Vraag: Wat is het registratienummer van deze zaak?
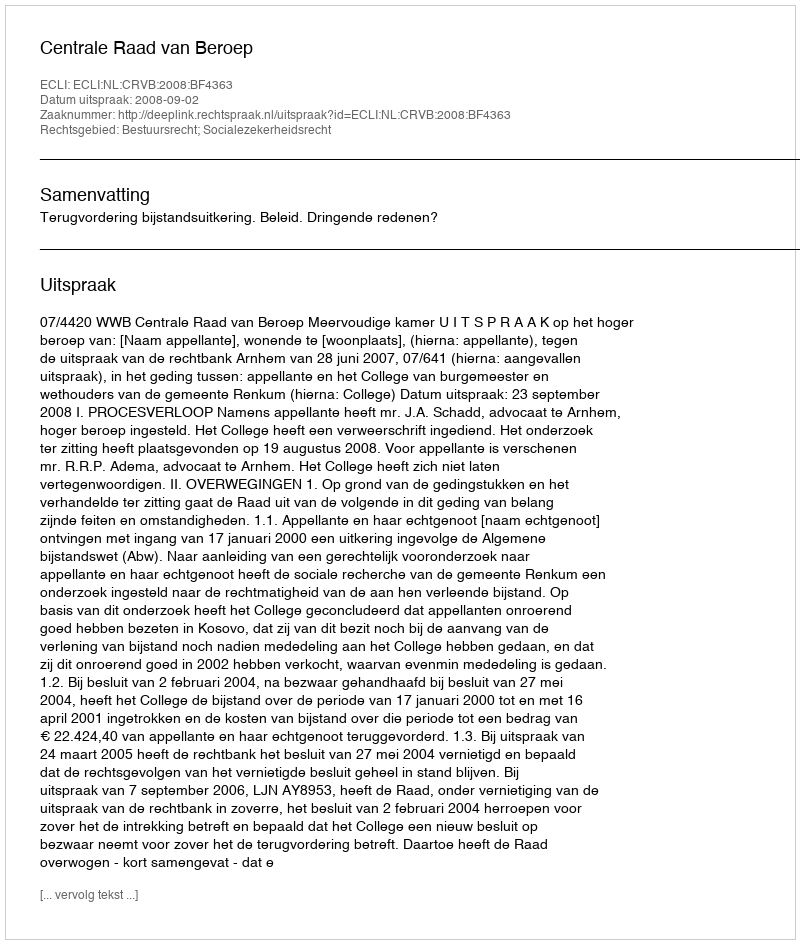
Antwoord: http://deeplink.rechtspraak.nl/uitspraak?id=ECLI:NL:CRVB:2008:BF4363